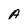
Character: A